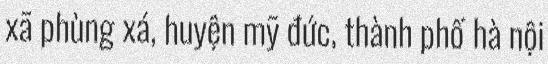
xã phùng xá, huyện mỹ đức, thành phố hà nội